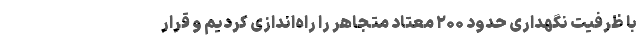
با ظرفیت نگهداری حدود ۲۰۰ معتاد متجاهر را راه‌اندازی کردیم و قرار